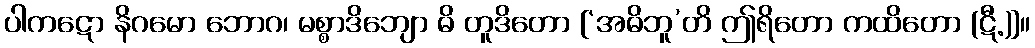
ပါကဋော နိဂမော ဘောဂ၊ မစ္စာဒိဘျော ဓိ တူဒိတော [‘အဓိဘူ’တိ ဤရိတော ကထိတော (ဋီ.)]။